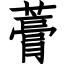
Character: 𧀎